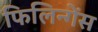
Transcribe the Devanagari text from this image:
फिलिन्गेंस